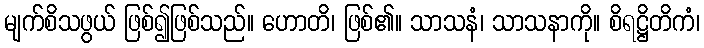
မျက်စိသဖွယ် ဖြစ်၍ဖြစ်သည်။ ဟောတိ၊ ဖြစ်၏။ သာသနံ၊ သာသနာကို။ စိရဋ္ဌိတိကံ၊